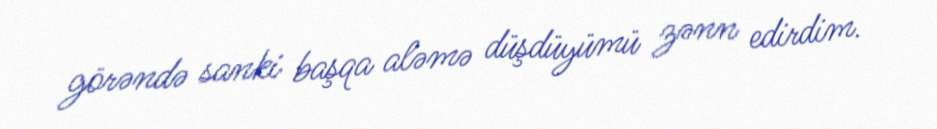
görəndə sanki başqa aləmə düşdüyümü zənn edirdim.